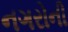
નગરોની